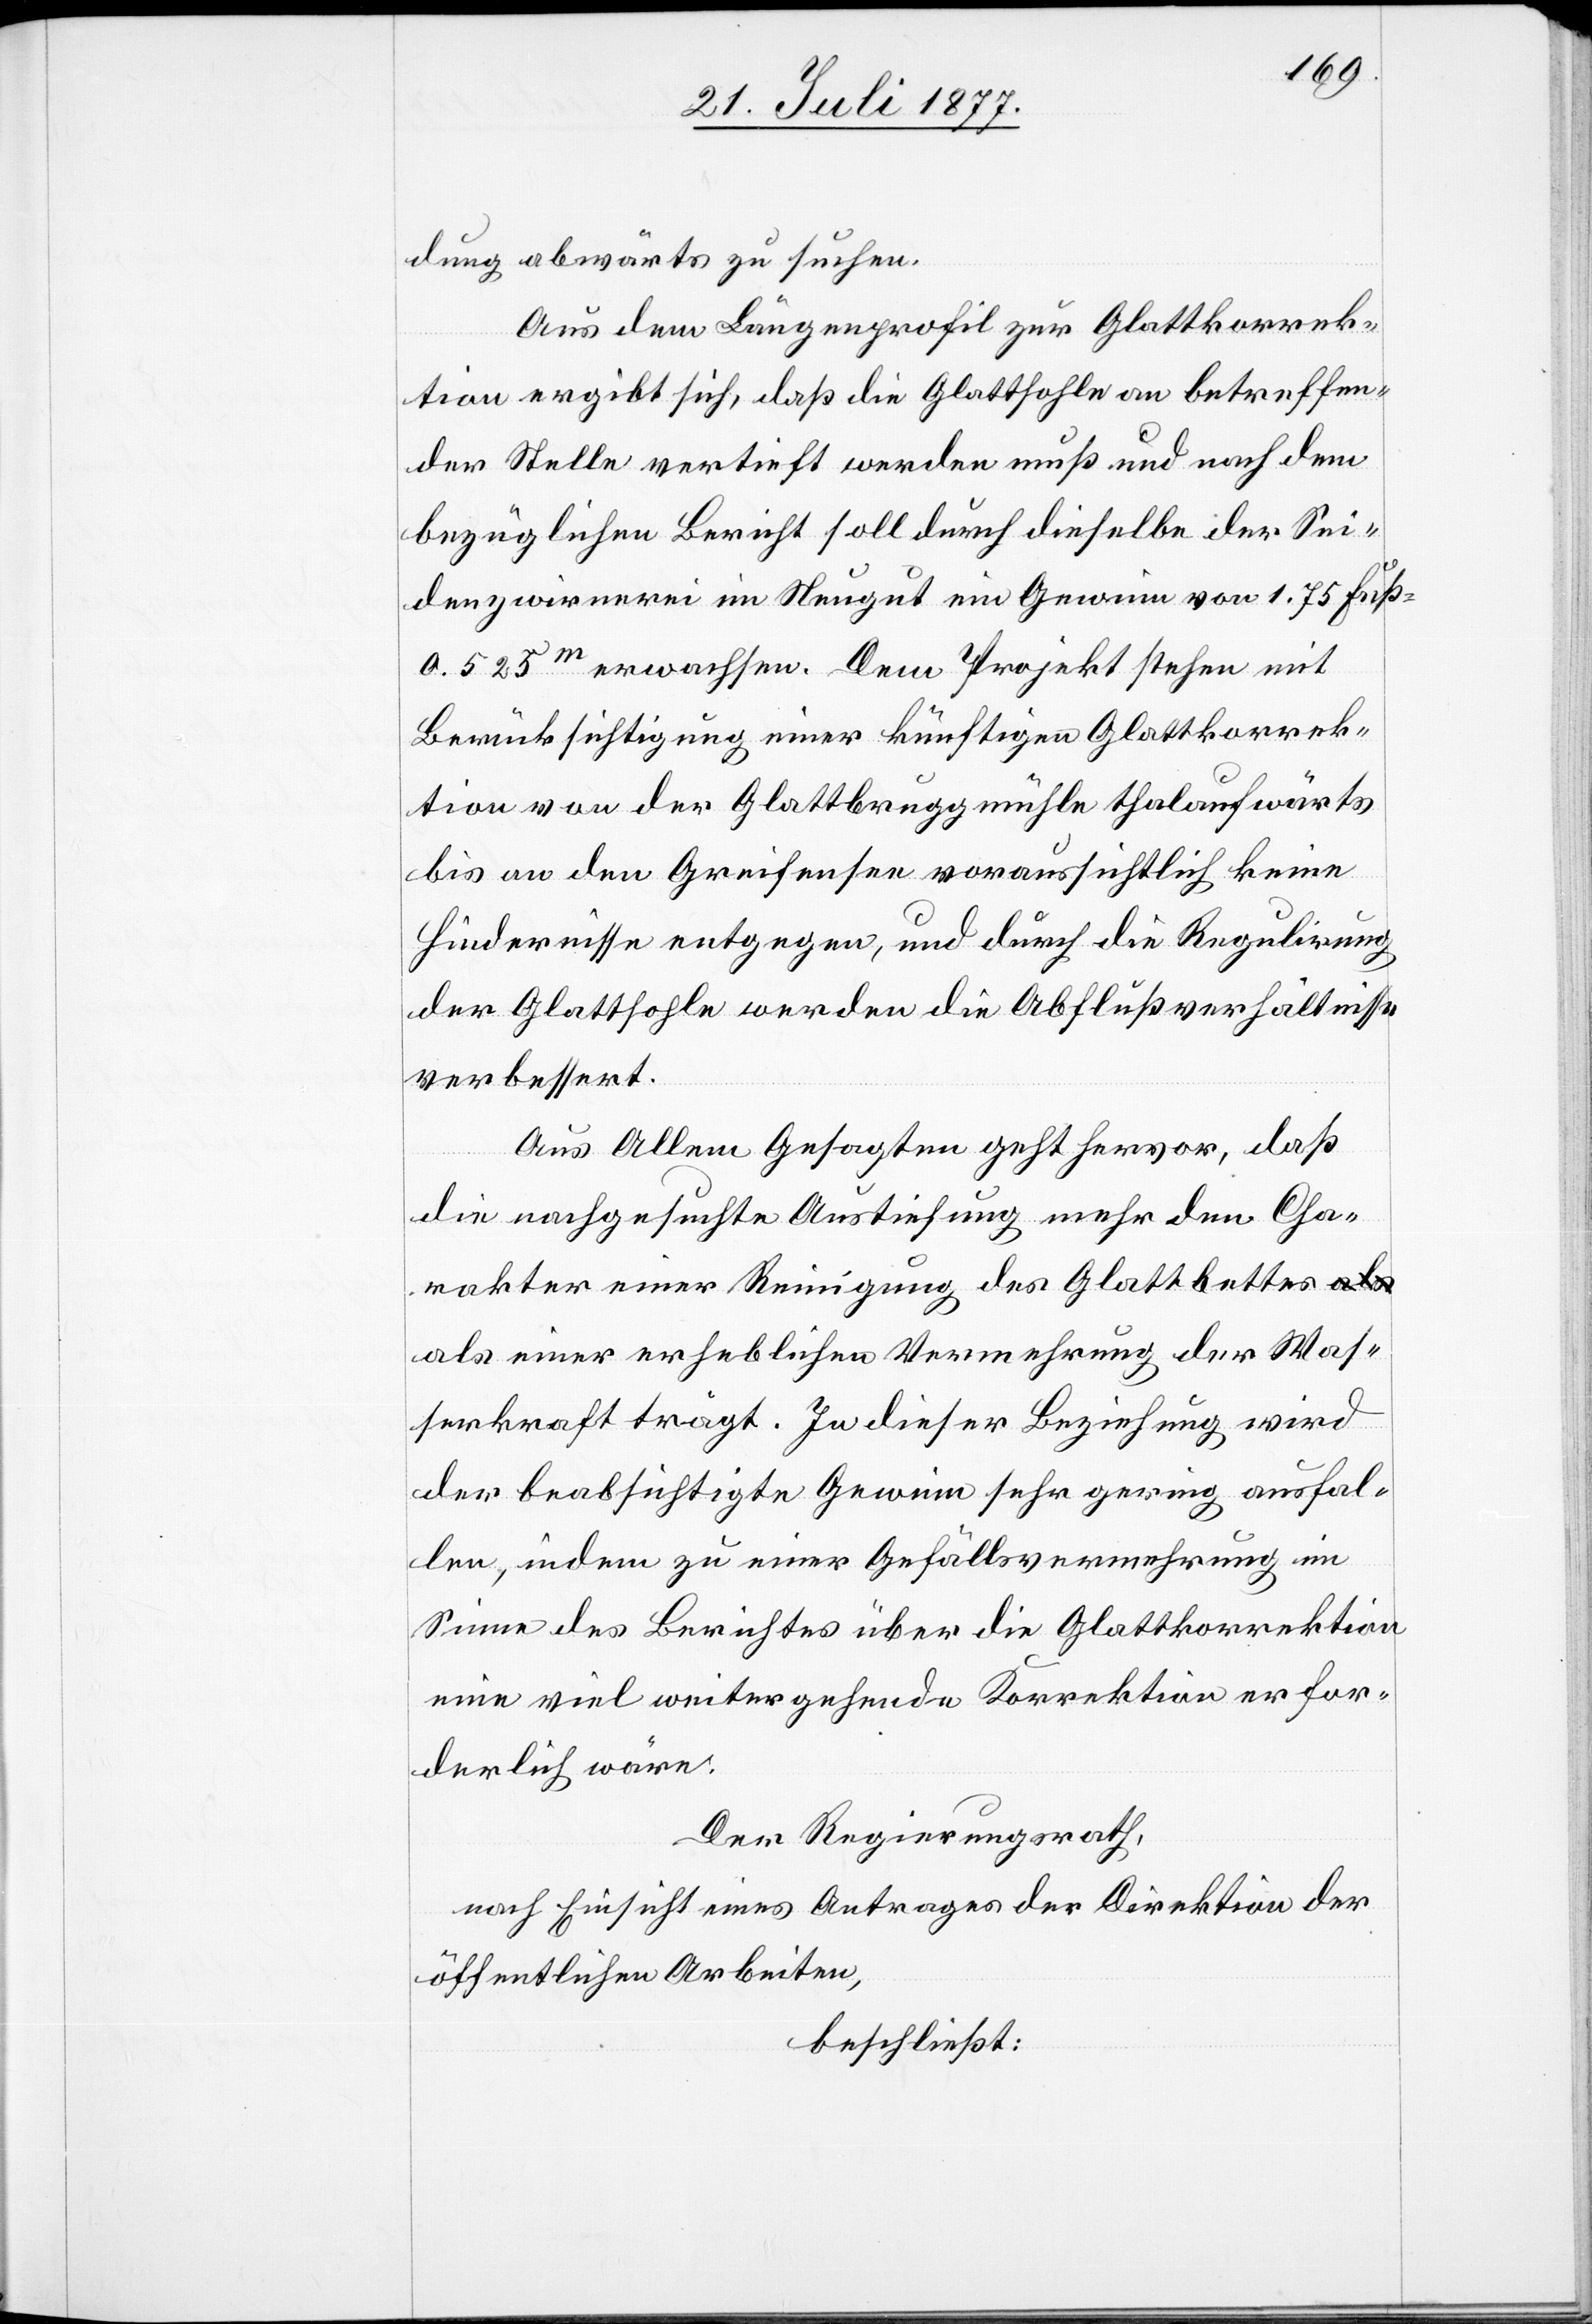
dung abwärts zu suchen.
Aus dem Längenprofil zur Glattkorrek¬
tion ergibt sich, daß die Glattsohle an betreffen¬
der Stelle vertieft werden muß und nach dem
bezüglichen Bericht soll durch dieselbe der Sei¬
denzwirnerei im Neugut ein Gewinn von 1.75 Fuß
0.525m erwachsen. Dem Projekt stehen mit
Berücksichtigung einer künftigen Glattkorrek¬
tion von der Glattbruggmühle thalaufwärts
bis an den Greifensee voraussichtlich keine
Hindernisse entgegen, und durch die Regulirung
der Glattsohle werden die Abflußverhältnisse
verbessert.
Aus Allem Gesagten geht hervor, daß
die nachgesuchte Austiefung mehr den Cha¬
rakter einer Reinigung des Glattbettes a¬
ls einer erheblichen Vermehrung der Was¬
serkraft trägt. In dieser Beziehung wird
der beabsichtigte Gewinn sehr gering ausfal¬
len, indem zu einer Gefällsvermehrung im
Sinne des Berichtes über die Glattkorrektion
eine viel weiter gehende Korrektion erfor¬
derlich wäre.
Der Regierungsrath,
nach Einsicht eines Antrages der Direktion der
öffentlichen Arbeiten,
beschließt: